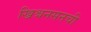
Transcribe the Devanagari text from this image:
ख्रिश्चनसनची